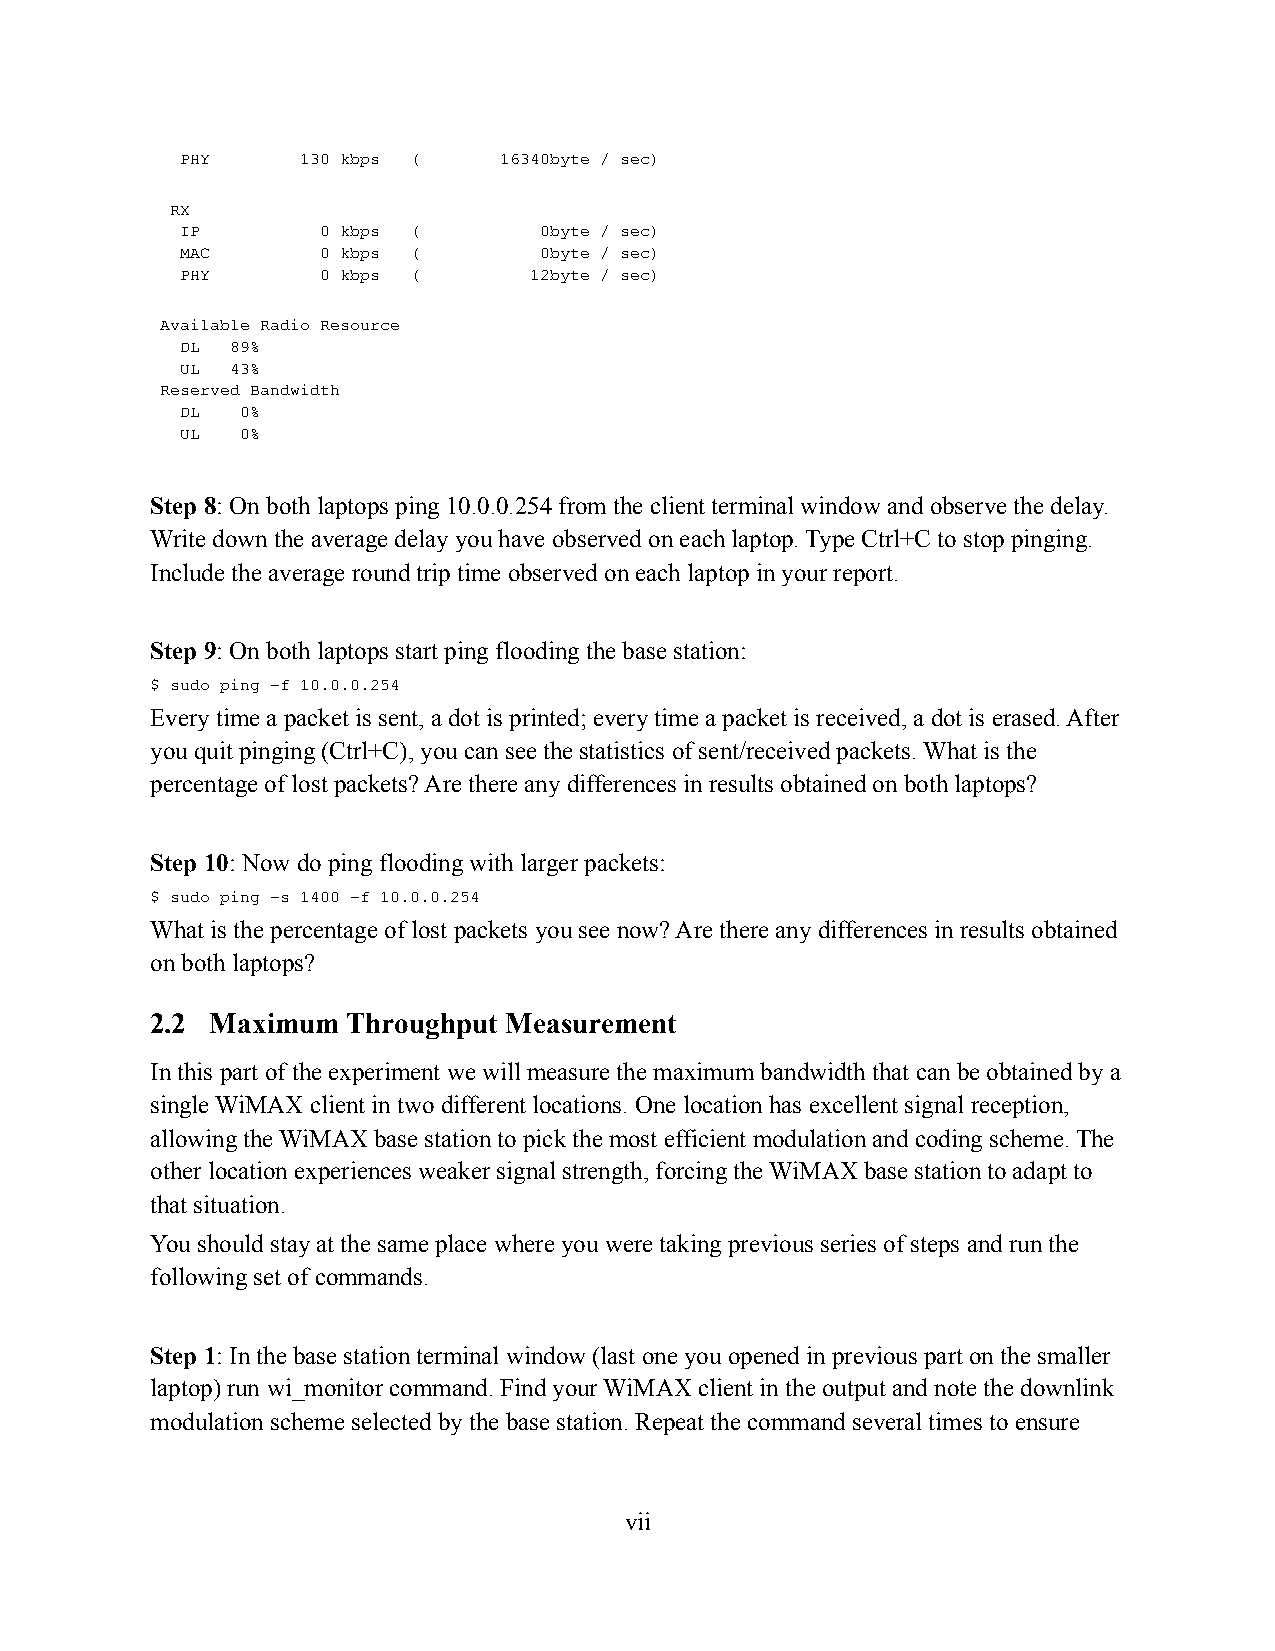
PHY     130 kbps (   16340byte / sec)
 RX
 IP       0 kbps (       0byte / sec)
 MAC      0 kbps (       0byte / sec)
 PHY      0 kbps (      12byte / sec)
 Available Radio Resource
 DL 89%
 UL 43%
 Reserved Bandwidth
 DL  0%
 UL  0%
 Step 8: On both laptops ping 10.0.0.254 from the client terminal window and observe the delay.
 Write down the average delay you have observed on each laptop. Type Ctrl+C to stop pinging.
 Include the average round trip time observed on each laptop in your report.
 Step 9: On both laptops start ping flooding the base station:
 $ sudo ping –f 10.0.0.254
 Every time a packet is sent, a dot is printed; every time a packet is received, a dot is erased. After
 you quit pinging (Ctrl+C), you can see the statistics of sent/received packets. What is the
 percentage of lost packets? Are there any differences in results obtained on both laptops?
 Step 10: Now do ping flooding with larger packets:
 $ sudo ping –s 1400 –f 10.0.0.254
 What is the percentage of lost packets you see now? Are there any differences in results obtained
 on both laptops?
 2.2 Maximum  Throughput Measurement
 In this part of the experiment we will measure the maximum bandwidth that can be obtained by a
 single WiMAX client in two different locations. One location has excellent signal reception,
 allowing the WiMAX base station to pick the most efficient modulation and coding scheme. The
 other location experiences weaker signal strength, forcing the WiMAX base station to adapt to
 that situation.
 You should stay at the same place where you were taking previous series of steps and run the
 following set of commands.
 Step 1: In the base station terminal window (last one you opened in previous part on the smaller
 laptop) run wi_monitor command. Find your WiMAX client in the output and note the downlink
 modulation scheme selected by the base station. Repeat the command several times to ensure
 vii